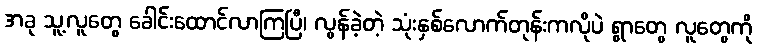
အခု သူ့လူတွေ ခေါင်းထောင်လာကြပြီ၊ လွန်ခဲ့တဲ့ သုံးနှစ်လောက်တုန်းကလိုပဲ ရွာတွေ လူတွေကို